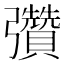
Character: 𢑊